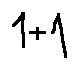
1 + 1